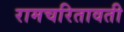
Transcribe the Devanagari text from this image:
रामचरितावती